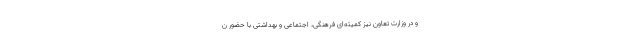
و در وزارت تعاون نیز کمیته‌ای فرهنگی، اجتماعی و بهداشتی با حضور ن